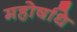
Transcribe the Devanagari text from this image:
महोषधि